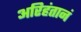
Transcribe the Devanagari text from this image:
अरिहंतानं